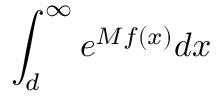
\int _ { d } ^ { \infty } e ^ { M f ( x ) } d x